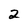
Character: 2